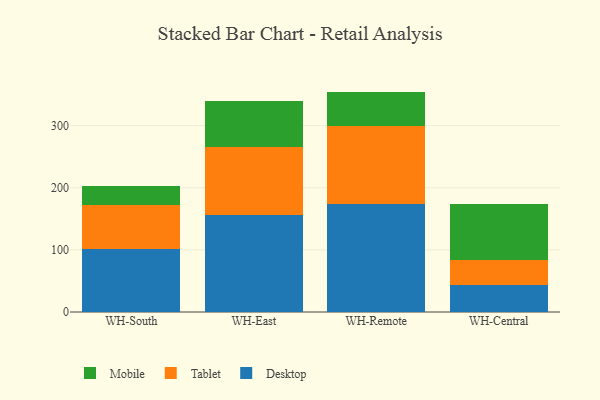
{"axis": {"x": "Warehouse", "y": "Churn Rate (%)"}, "legend": ["Desktop", "Mobile", "Tablet"], "data": [{"x": "WH-South", "y": 101.8, "type": "Desktop"}, {"x": "WH-South", "y": 69.7, "type": "Tablet"}, {"x": "WH-South", "y": 30.8, "type": "Mobile"}, {"x": "WH-East", "y": 156.3, "type": "Desktop"}, {"x": "WH-East", "y": 109.4, "type": "Tablet"}, {"x": "WH-East", "y": 74.7, "type": "Mobile"}, {"x": "WH-Remote", "y": 173.1, "type": "Desktop"}, {"x": "WH-Remote", "y": 125.8, "type": "Tablet"}, {"x": "WH-Remote", "y": 55.9, "type": "Mobile"}, {"x": "WH-Central", "y": 43.3, "type": "Desktop"}, {"x": "WH-Central", "y": 39.8, "type": "Tablet"}, {"x": "WH-Central", "y": 90.6, "type": "Mobile"}]}